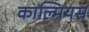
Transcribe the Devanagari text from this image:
काल्मियस